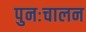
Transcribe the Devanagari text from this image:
पुनःचालन